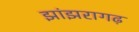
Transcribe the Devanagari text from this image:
झांझरागढ़